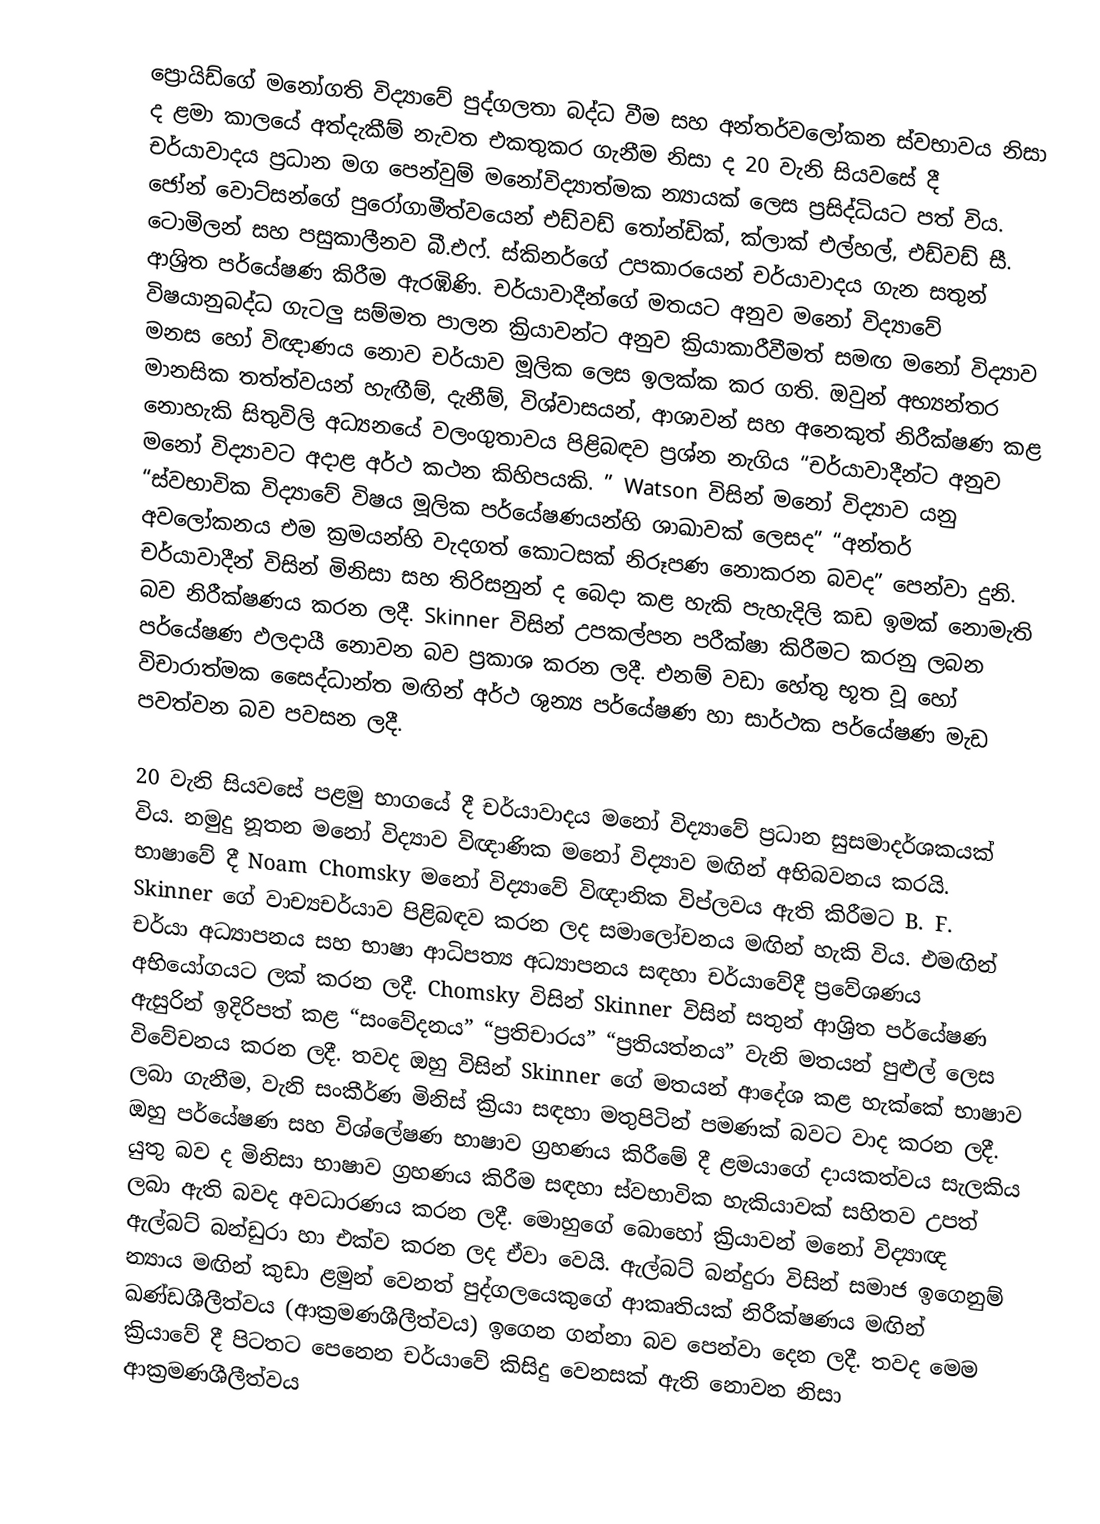
ප්‍රොයිඩ්ගේ මනෝගති විද්‍යාවේ පුද්ගලතා බද්ධ වීම සහ අන්තර්වලෝකන ස්වභාවය නිසා ද ළමා කාලයේ අත්දැකීම් නැවත එකතුකර ගැනීම නිසා ද 20 වැනි සියවසේ දී චර්යාවාදය ප්‍රධාන මග පෙන්වුම් මනෝවිද්‍යාත්මක න්‍යායක් ලෙස ප්‍රසිද්ධියට පත් විය. ජෝන් වොට්සන්ගේ පුරෝගාමීත්වයෙන් එඩ්වඩ් තෝන්ඩික්, ක්ලාක් එල්හල්, එඩ්වඩ් සී. ටොමිලන් සහ පසුකාලීනව බී.එෆ්. ස්කිනර්ගේ උපකාරයෙන් චර්යාවාදය ගැන සතුන් ආශ්‍රිත පර්යේෂණ කිරීම ඇරඹිණි. චර්යාවාදීන්ගේ මතයට අනුව මනෝ විද්‍යාවේ විෂයානුබද්ධ ගැටලු සම්මත පාලන ක්‍රියාවන්ට අනුව ක්‍රියාකාරීවීමත් සමඟ මනෝ විද්‍යාව මනස හෝ විඥාණය නොව චර්යාව මූලික ලෙස ඉලක්ක කර ගති. ඔවුන් අභ්‍යන්තර මානසික තත්ත්වයන් හැඟීම්, දැනීම්, විශ්වාසයන්, ආශාවන් සහ අනෙකුත් නිරීක්ෂණ කළ නොහැකි සිතුවිලි අධ්‍යනයේ වලංගුතාවය පිළිබඳව ප්‍රශ්න නැගිය “චර්යාවාදීන්ට අනුව මනෝ විද්‍යාවට අදාළ අර්ථ කථන කිහිපයකි. ” Watson විසින් මනෝ විද්‍යාව යනු “ස්වභාවික විද්‍යාවේ විෂය මූලික පර්යේෂණයන්හි ශාඛාවක් ලෙසද” “අන්තර් අවලෝකනය එම ක්‍රමයන්හි වැදගත් කොටසක් නිරූපණ නොකරන බවද” පෙන්වා දුනි. චර්යාවාදීන් විසින් මිනිසා සහ තිරිසනුන් ද බෙදා කළ හැකි පැහැදිලි කඩ ඉමක් නොමැති බව නිරීක්ෂණය කරන ලදී. Skinner විසින් උපකල්පන පරීක්ෂා කිරීමට කරනු ලබන පර්යේෂණ ඵලදායී නොවන බව ප්‍රකාශ කරන ලදී. එනම් වඩා හේතු භූත වූ හෝ විචාරාත්මක සෛද්ධාන්ත මඟින් අර්ථ ශුන්‍ය පර්යේෂණ හා සාර්ථක පර්යේෂණ මැඩ පවත්වන බව පවසන ලදී.

20 වැනි සියවසේ පළමු භාගයේ දී චර්යාවාදය මනෝ විද්‍යාවේ ප්‍රධාන සුසමාදර්ශකයක් විය. නමුදු නූතන මනෝ විද්‍යාව විඥාණික මනෝ විද්‍යාව මඟින් අභිබවනය කරයි. භාෂාවේ දී Noam Chomsky මනෝ විද්‍යාවේ විඥානික විප්ලවය ඇති කිරීමට B. F. Skinner ගේ වාච්‍යචර්යාව පිළිබඳව කරන ලද සමාලෝචනය මඟින් හැකි විය. එමඟින් චර්යා අධ්‍යාපනය සහ‍ භාෂා ආධිපත්‍ය අධ්‍යාපනය සඳහා චර්යාවේදී ප්‍රවේශණය අභියෝගයට ලක් කරන ලදී. Chomsky විසින් Skinner විසින් සතුන් ආශ්‍රිත පර්යේෂණ ඇසුරින් ඉදිරිපත් කළ “සංවේදනය” “ප්‍රතිචාරය” “ප්‍රතියත්නය” වැනි මතයන් පුළුල් ලෙස විවේචනය කරන ලදී. තවද ඔහු විසින් Skinner ගේ මතයන් ආදේශ කළ හැක්කේ භාෂාව ලබා ගැනීම, වැනි සංකීර්ණ මිනිස් ක්‍රියා සඳහා මතුපිටින් පමණක් බවට වාද කරන ලදී. ඔහු පර්යේෂණ සහ විශ්ලේෂණ භාෂාව ග්‍රහණය කිරීමේ දී ළමයාගේ දායකත්වය සැලකිය යුතු බව ද මිනිසා භාෂාව ග්‍රහණය කිරීම සඳහා ස්වභාවික හැකියාවක් සහිතව උපත් ලබා ඇති බවද අවධාරණය කරන ලදී. මොහුගේ බොහෝ ක්‍රියාවන් මනෝ විද්‍යාඥ ඇල්බට් බන්ඩුරා හා එක්ව කරන ලද ඒවා වෙයි. ඇල්බට් බන්දුරා විසින් සමාජ ඉගෙනුම් න්‍යාය මඟින් කුඩා ළමුන් වෙනත් පුද්ගලයෙකුගේ ආකෘතියක් නිරීක්ෂණය මඟින් ඛණ්ඩශීලීත්වය (ආක්‍රමණශීලීත්වය) ඉගෙන ගන්නා බව පෙන්වා දෙන ලදී. තවද මෙම ක්‍රියාවේ දී පිටතට පෙනෙන චර්යාවේ කිසිදු වෙනසක් ඇති නොවන නිසා ආක්‍රමණශීලීත්වය